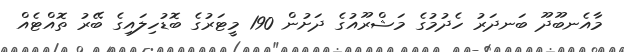
މާއެނބޫދޫ ބަނދަރު ހެދުމުގެ މަޝްރޫއުގެ ދަށުން 190 މީޓަރުގެ ބޮޑުހިލައިގެ ބޭރު ތޮއްޓެއް